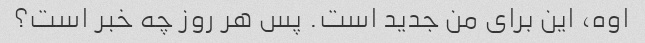
اوه، این برای من جدید است. پس هر روز چه خبر است؟